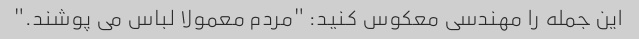
این جمله را مهندسی معکوس کنید: "مردم معمولا لباس می پوشند."